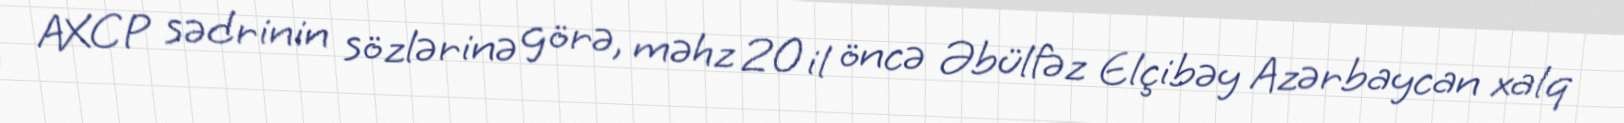
AXCP sədrinin sözlərinə görə, məhz 20 il öncə Əbülfəz Elçibəy Azərbaycan xalq